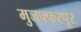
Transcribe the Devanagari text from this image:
मुजफ्फरपूर